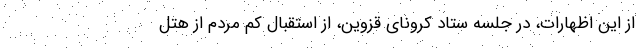
از این اظهارات، در جلسه ستاد کرونای قزوین، از استقبال کم مردم از هتل